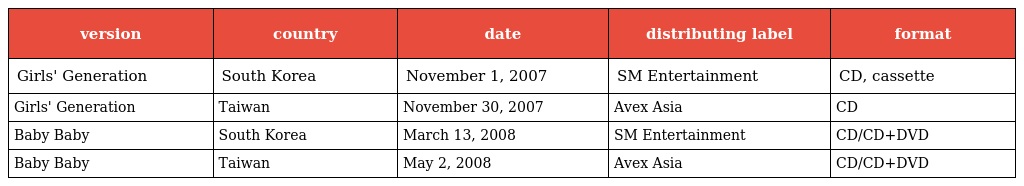
| version | country | date | distributing label | format |
 | --- | --- | --- | --- | --- |
 | Girls' Generation | South Korea | November 1, 2007 | SM Entertainment | CD, cassette |
 | Girls' Generation | Taiwan | November 30, 2007 | Avex Asia | CD |
 | Baby Baby | South Korea | March 13, 2008 | SM Entertainment | CD/CD+DVD |
 | Baby Baby | Taiwan | May 2, 2008 | Avex Asia | CD/CD+DVD |